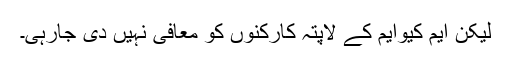
لیکن ایم کیوایم کے لاپتہ کارکنوں کو معافی نہیں دی جارہی۔